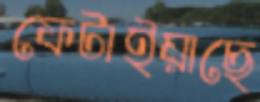
ফেটাইয়াছে